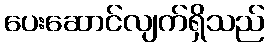
ပေးဆောင်လျက်ရှိသည်